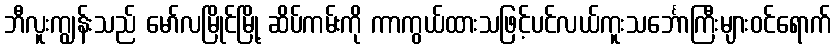
ဘီလူးကျွန်းသည် မော်လမြိုင်မြို့ ဆိပ်ကမ်းကို ကာကွယ်ထားသဖြင့်ပင်လယ်ကူးသင်္ဘောကြီးများဝင်ရောက်